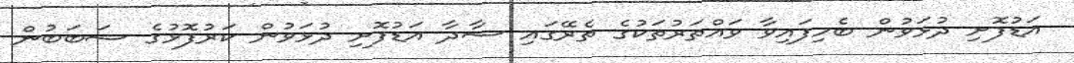
އަޑުފޮށި ދުޅަވުން ބެހިފައިވާ ވައްތަރުތަކުގެ ތެރޭގައި ސާދާ އަޑުފޮށި ދުޅަވުން ކަރުފޮޅުގެ ސަބަބުން